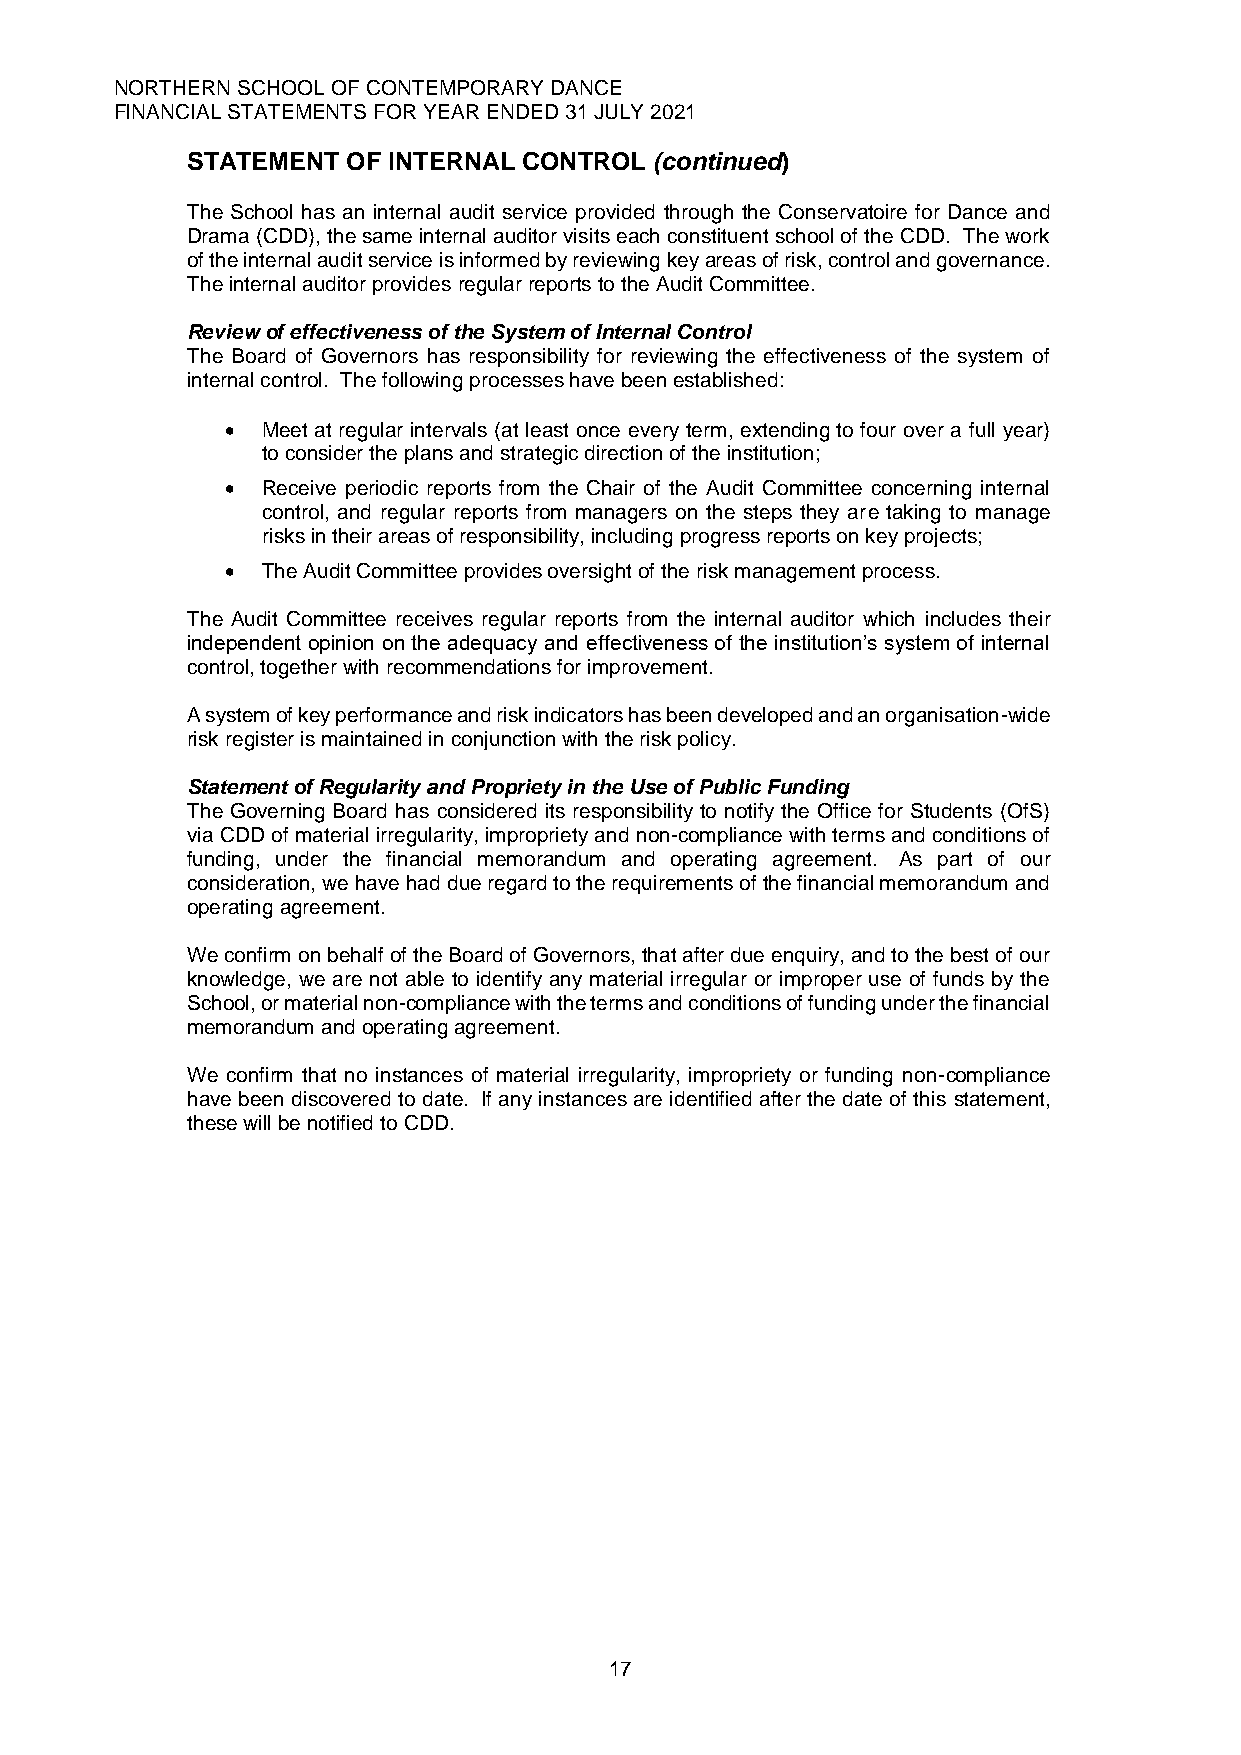
NORTHERN SCHOOL OF CONTEMPORARY DANCE
 FINANCIAL STATEMENTS FOR YEAR ENDED 31 JULY 2021
 STATEMENT  OF INTERNAL CONTROL (continued)
 The School has an internal audit service provided through the Conservatoire for Dance and
 Drama (CDD), the same internal auditor visits each constituent school of the CDD. The work
 of the internal audit service is informed by reviewing key areas of risk, control and governance.
 The internal auditor provides regular reports to the Audit Committee.
 Review of effectiveness of the System of Internal Control
 The Board of Governors has responsibility for reviewing the effectiveness of the system of
 internal control. The following processes have been established:
 • Meet at regular intervals (at least once every term, extending to four over a full year)
 to consider the plans and strategic direction of the institution;
 • Receive periodic reports from the Chair of the Audit Committee concerning internal
 control, and regular reports from managers on the steps they are taking to manage
 risks in their areas of responsibility, including progress reports on key projects;
 • The Audit Committee provides oversight of the risk management process.
 The Audit Committee receives regular reports from the internal auditor which includes their
 independent opinion on the adequacy and effectiveness of the institution’s system of internal
 control, together with recommendations for improvement.
 A system of key performance and risk indicators has been developed and an organisation-wide
 risk register is maintained in conjunction with the risk policy.
 Statement of Regularity and Propriety in the Use of Public Funding
 The Governing Board has considered its responsibility to notify the Office for Students (OfS)
 via CDD of material irregularity, impropriety and non-compliance with terms and conditions of
 funding, under the financial memorandum and operating agreement. As part of our
 consideration, we have had due regard to the requirements of the financial memorandum and
 operating agreement.
 We confirm on behalf of the Board of Governors, that after due enquiry, and to the best of our
 knowledge, we are not able to identify any material irregular or improper use of funds by the
 School, or material non-compliance with the terms and conditions of funding under the financial
 memorandum and operating agreement.
 We confirm that no instances of material irregularity, impropriety or funding non-compliance
 have been discovered to date. If any instances are identified after the date of this statement,
 these will be notified to CDD.
 17